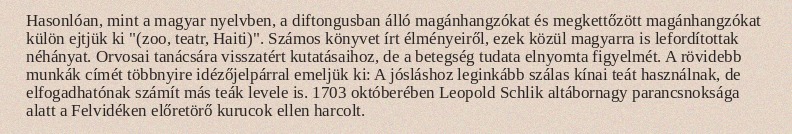
Hasonlóan, mint a magyar nyelvben, a diftongusban álló magánhangzókat és megkettőzött magánhangzókat külön ejtjük ki "(zoo, teatr, Haiti)". Számos könyvet írt élményeiről, ezek közül magyarra is lefordítottak néhányat. Orvosai tanácsára visszatért kutatásaihoz, de a betegség tudata elnyomta figyelmét. A rövidebb munkák címét többnyire idézőjelpárral emeljük ki: A jósláshoz leginkább szálas kínai teát használnak, de elfogadhatónak számít más teák levele is. 1703 októberében Leopold Schlik altábornagy parancsnoksága alatt a Felvidéken előretörő kurucok ellen harcolt.